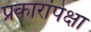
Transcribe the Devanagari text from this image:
प्रकारांपेक्षा